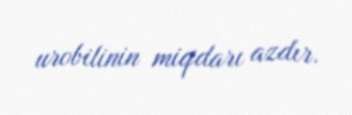
urobilinin miqdarı azdır.